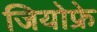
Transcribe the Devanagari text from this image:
जियोफ्रे